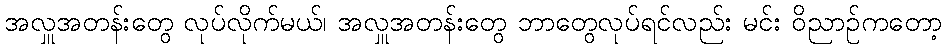
အလှူအတန်းတွေ လုပ်လိုက်မယ်၊ အလှူအတန်းတွေ ဘာတွေလုပ်ရင်လည်း မင်း ဝိညာဉ်ကတော့